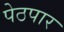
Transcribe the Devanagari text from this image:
पेठपार